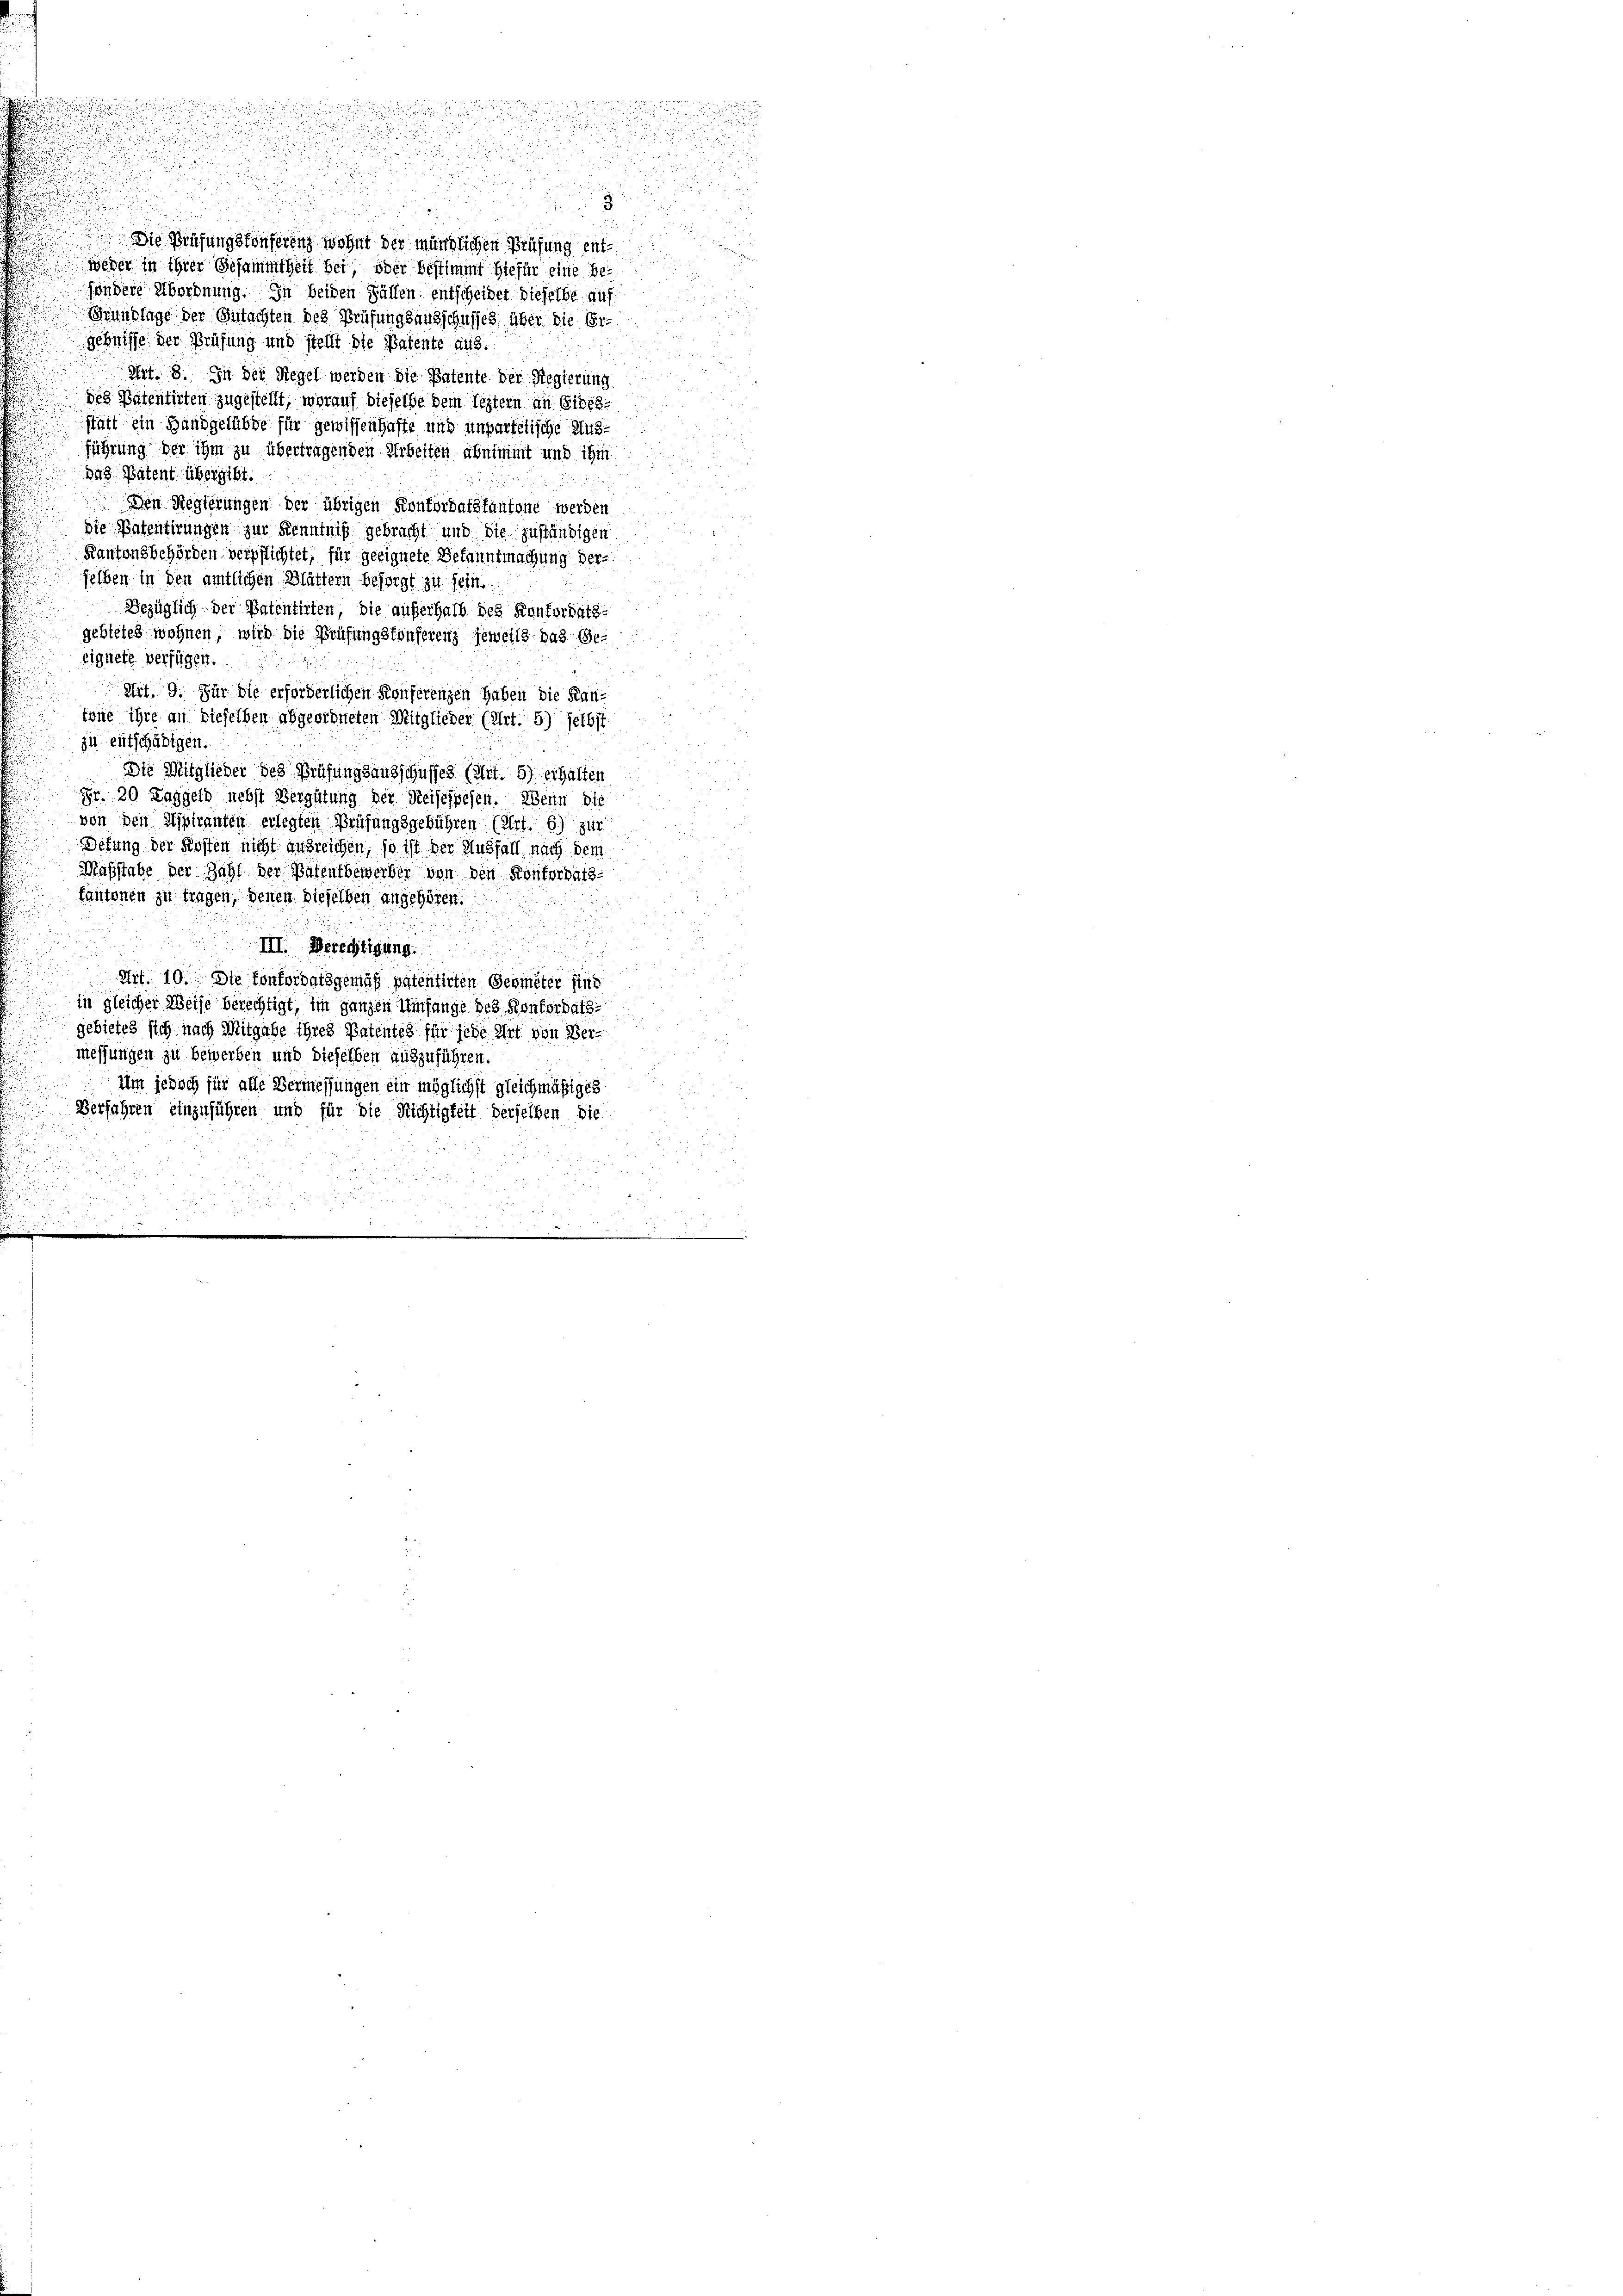
g
Die Prüfungskonserenz wohnt der mündlichen Prüfung entweder in ihrer Gesammtheit bei oder bestimmt hiefür eine besöndere Abordnung. In beiden Fällen entscheidet dieselbe auf
Grundlage der Gutachten des Prüfungsausschusses über die Ergebnisse der Prüfung und stellt die Patente aus.
Art. 8. In der Regel werden die Patente der Regierung
des Patentirten zugestellt, worauf dieselbe dem leztern an Sieh
statt ein Handgelübde für gewissenhafte und unpartetische Ausführung der ihm zu übertragenden Arbeiten abnimmt und ihm
Das Patent übergibt.
Den Regierungen der übrigen Konfordatskantone werden
die Patentirungen zur Kenntniß gebracht und die zuständigen
Kantonsbehörden verpflichtet, für geeignete Bekanntmachung der
selben in den amtlichen Blättern besorgt zu sein.
Bezüglich der Patentirten, die außerhalb des Konfordats-
gebietet wohnen, wird die Prüfungskonferenz jeweils das Geeignete verfügen.
Art. 9. Für die erforderlichen Konferenzen haben die Kantone ihre an dieselben abgeordneten Mitglieder (Art. 5) selbst
zu entschädigen.
Die Mitglieder des Prüfungsausschusses (Art. 5) erhalten
Fr. 20 Taggeld nebst Vergütung der Reisessesen: Wenn die
von den Spiranten erlegten Prüfungsgebühren (Art. 6) zur
Sefung der Kosten nicht ausreichen, so ist der Ausfall nach dem
Maßstabe der Zahl der Patentbewerben von den Kontordats-
kantonen zu tragen, denen dieselben angehören.
III. Berechtigung
Art. 10. Die Konkordatsgemäß patentirten Geometer sind
in gleicher Weise berechtigt, im ganzen Umfange des Konkordats-
gebietet sich nach Mitgabe ihres Patentes für jede Art von Vermessungen zu bewerben und dieselben auszuführen.
Um jedoch für alle Vermessungen ein möglichst gleichmäßiges
Verfahren einzuführen und für die Richtigkeit derselben die
u

n